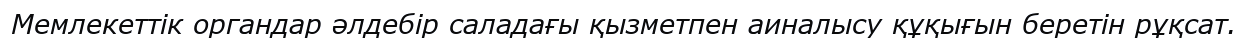
Мемлекеттік органдар әлдебір саладағы қызметпен аиналысу құқығын беретін рұқсат.